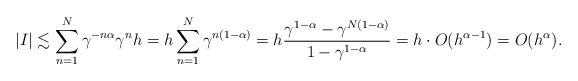
LaTeX: \begin{align*}|I|\lesssim \sum_{n=1}^N \gamma^{-n\alpha}\gamma^n h=h\sum_{n=1}^N\gamma^{n(1-\alpha)}=h\frac{\gamma^{1-\alpha}-\gamma^{N(1-\alpha)}}{1-\gamma^{1-\alpha}}=h\cdot O(h^{\alpha-1})=O(h^\alpha).\end{align*}